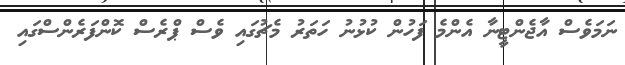
ނަމަވެސް އާޖެންޓީނާ އެންމެ ފަހުން ކުޅުނު ހަތަރު މެޗުގައި ވެސް ޕްރެސް ކޮންފަރެންސްގައި